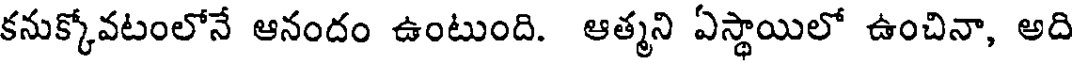
కనుక్కోవటంలోనే ఆనందం ఉంటుంది. ఆత్మని ఏస్థాయిలో ఉంచినా, అది